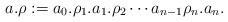
LaTeX: \begin{align*} a. \rho := a_0 . \rho_1 . a_1. \rho_2 \cdots a_{n-1} \rho_n . a_n.\end{align*}